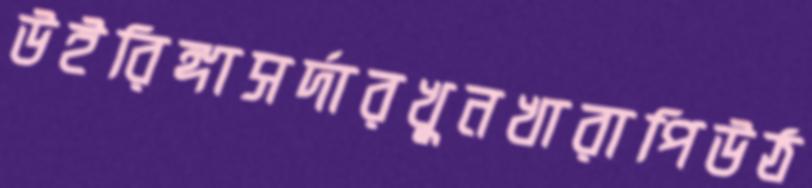
উইরিঙ্গাসর্দারখুনখারাপিউঠ